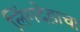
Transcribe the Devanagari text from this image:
लिंगदेहाचा